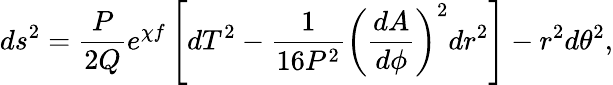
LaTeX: ds^{2}=\frac{P}{2Q}e^{\chi f}\left[dT^{2}-\frac{1}{16P^{2}}\left(\frac{dA}{d\phi}\right)^{2}dr^{2}\right]-r^{2}d\theta^{2},